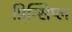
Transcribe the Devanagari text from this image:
प्रिन्सिप्ल